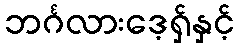
ဘင်္ဂလားဒေ့ရှ်နှင့်